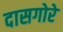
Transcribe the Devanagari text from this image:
दासगोरे